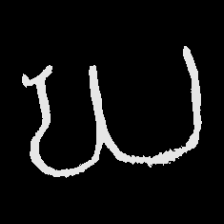
Pyu character \u2014 Myanmar letter: ဃ (romanized: gha)